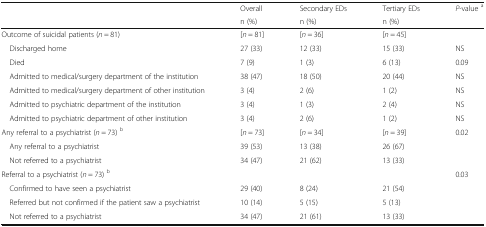
<table><thead><tr><td rowspan="2"></td><td><b>Overall</b></td><td><b>Secondary EDs</b></td><td><b>Tertiary EDs</b></td><td rowspan="2"><b><i>P</i>-value <sup>a</sup></b></td></tr><tr><td><b>n (%)</b></td><td><b>n (%)</b></td><td><b>n (%)</b></td></tr></thead><tbody><tr><td>Outcome of suicidal patients (<i>n</i> = 81)</td><td>[<i>n</i> = 81]</td><td>[<i>n</i> = 36]</td><td>[<i>n</i> = 45]</td><td></td></tr><tr><td> Discharged home</td><td>27 (33)</td><td>12 (33)</td><td>15 (33)</td><td>NS</td></tr><tr><td> Died</td><td>7 (9)</td><td>1 (3)</td><td>6 (13)</td><td>0.09</td></tr><tr><td> Admitted to medical/surgery department of the institution</td><td>38 (47)</td><td>18 (50)</td><td>20 (44)</td><td>NS</td></tr><tr><td> Admitted to medical/surgery department of other institution</td><td>3 (4)</td><td>2 (6)</td><td>1 (2)</td><td>NS</td></tr><tr><td> Admitted to psychiatric department of the institution</td><td>3 (4)</td><td>1 (3)</td><td>2 (4)</td><td>NS</td></tr><tr><td> Admitted to psychiatric department of other institution</td><td>3 (4)</td><td>2 (6)</td><td>1 (2)</td><td>NS</td></tr><tr><td>Any referral to a psychiatrist (<i>n</i> = 73) <sup>b</sup></td><td>[<i>n</i> = 73]</td><td>[<i>n</i> = 34]</td><td>[<i>n</i> = 39]</td><td>0.02</td></tr><tr><td> Any referral to a psychiatrist</td><td>39 (53)</td><td>13 (38)</td><td>26 (67)</td><td></td></tr><tr><td> Not referred to a psychiatrist</td><td>34 (47)</td><td>21 (62)</td><td>13 (33)</td><td></td></tr><tr><td>Referral to a psychiatrist (<i>n</i> = 73) <sup>b</sup></td><td></td><td></td><td></td><td>0.03</td></tr><tr><td> Confirmed to have seen a psychiatrist</td><td>29 (40)</td><td>8 (24)</td><td>21 (54)</td><td></td></tr><tr><td> Referred but not confirmed if the patient saw a psychiatrist</td><td>10 (14)</td><td>5 (15)</td><td>5 (13)</td><td></td></tr><tr><td> Not referred to a psychiatrist</td><td>34 (47)</td><td>21 (61)</td><td>13 (33)</td><td></td></tr></tbody></table>